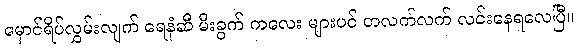
မှောင်ရိပ်လွှမ်းလျက် ရေနံဆီ မီးခွက် ကလေး များပင် တလက်လက် လင်းနေရလေပြီ။